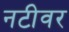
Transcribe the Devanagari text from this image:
नटीवर